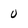
Character: 0